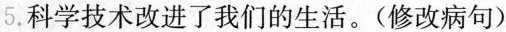
5. 科学技术改进了我们的生活。(修改病句)